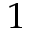
1